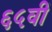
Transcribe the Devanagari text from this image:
६५वीं